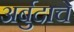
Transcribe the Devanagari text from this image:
अर्बुदाचे